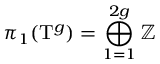
\pi _ { 1 } ( \mathrm { T } ^ { g } ) = \bigoplus _ { 1 = 1 } ^ { 2 g } \mathbb { Z }